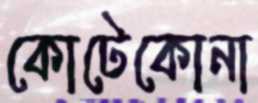
কোটেকোনা